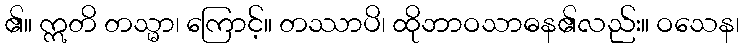
၏။ ဣတိ တသ္မာ၊ ကြောင့်။ တဿာပိ၊ ထိုဘာဝသာဓန၏လည်း။ ဝသေန၊